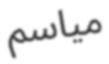
مياسم